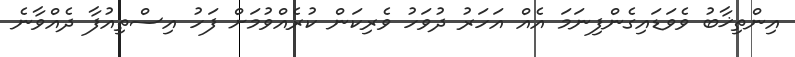
އިންތިޚާބު ވެވަޑައިގެންފިނަމަ އެއް އަހަރު ދުވަހު ވެރިކަން ކުރެއްވުމަށް ފަހު އިސްތިއުފާ ދެއްވާނެ